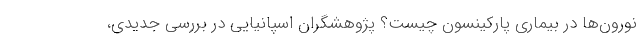
نورون‌ها در بیماری پارکینسون چیست؟ پژوهشگران اسپانیایی در بررسی جدیدی،